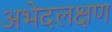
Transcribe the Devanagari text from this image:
अभेदलक्षण